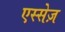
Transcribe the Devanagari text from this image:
एस्सेज़